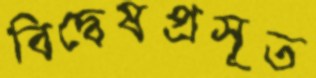
বিদ্বেষপ্রসূত